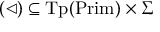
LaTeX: ( \triangleleft ) \subseteq { \mathrm { T p } } ( { \mathrm { P r i m } } ) \times \Sigma